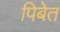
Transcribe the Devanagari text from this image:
पिबेत